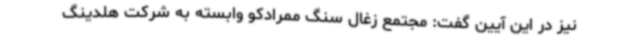
نیز در این آیین گفت: مجتمع زغال سنگ ممرادکو وابسته به شرکت هلدینگ